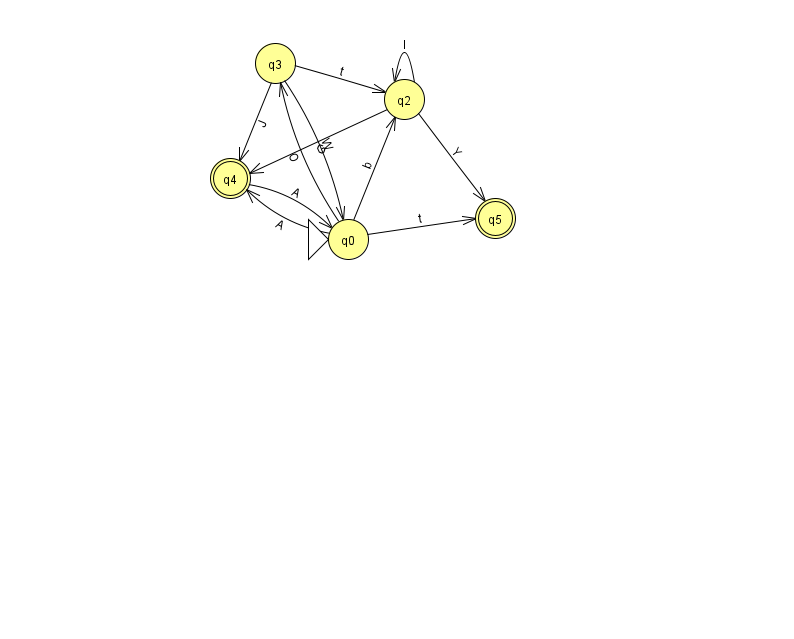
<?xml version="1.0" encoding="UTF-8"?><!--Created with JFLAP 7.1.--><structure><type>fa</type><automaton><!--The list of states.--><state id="0" name="q0"><x>348.0</x><y>226.0</y><initial/></state><state id="2" name="q2"><x>404.0</x><y>86.0</y></state><state id="3" name="q3"><x>275.0</x><y>50.0</y></state><state id="4" name="q4"><x>230.0</x><y>165.0</y><final/></state><state id="5" name="q5"><x>495.0</x><y>205.0</y><final/></state><!--The list of transitions.--><transition><from>0</from><to>2</to><read>b</read></transition><transition><from>2</from><to>4</to><read>G</read></transition><transition><from>0</from><to>4</to><read>A</read></transition><transition><from>4</from><to>0</to><read>A</read></transition><transition><from>2</from><to>5</to><read>Y</read></transition><transition><from>3</from><to>0</to><read>W</read></transition><transition><from>3</from><to>2</to><read>t</read></transition><transition><from>0</from><to>5</to><read>t</read></transition><transition><from>2</from><to>2</to><read>l</read></transition><transition><from>0</from><to>3</to><read>O</read></transition><transition><from>3</from><to>4</to><read>J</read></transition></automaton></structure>